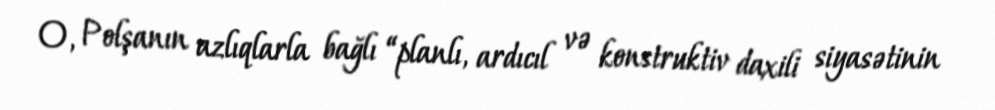
O, Polşanın azlıqlarla bağlı “planlı, ardıcıl və konstruktiv daxili siyasətinin